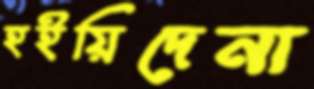
হইয়িদেনা